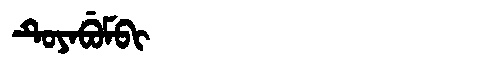
Manchu: ᡨᡠᠶᠠᠪᡠᠮᠪᡳ
Romanization: TUYABUMBI